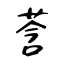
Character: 莟